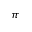
\pi